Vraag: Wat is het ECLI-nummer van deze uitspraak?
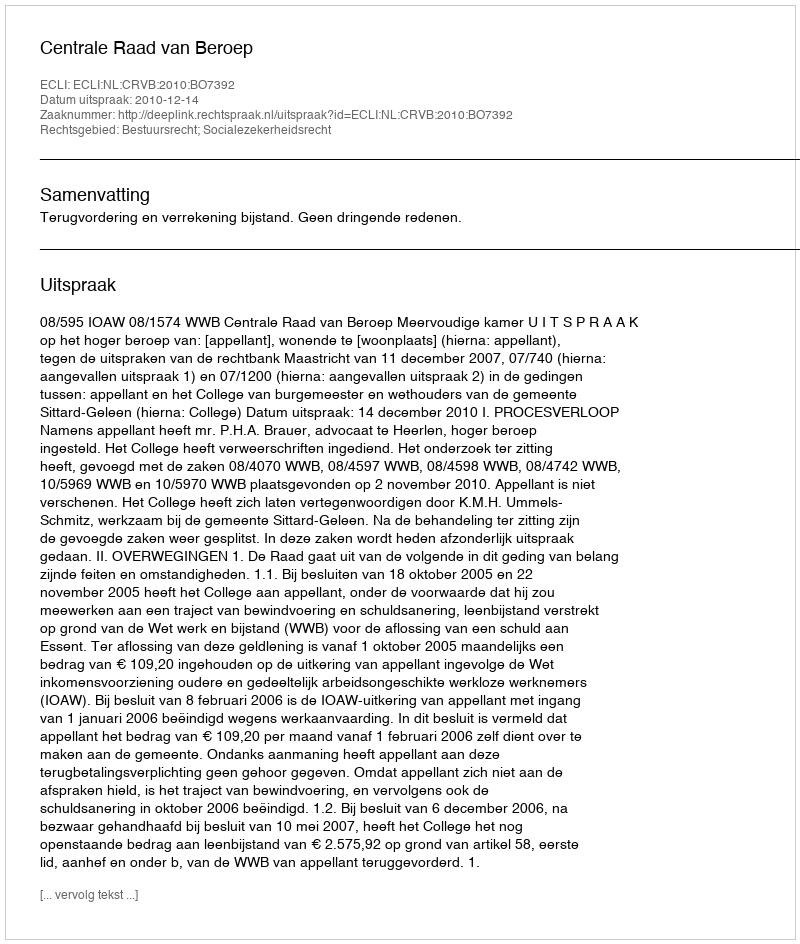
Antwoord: ECLI:NL:CRVB:2010:BO7392